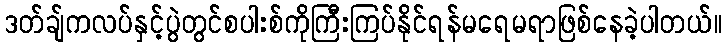
ဒတ်ချ်ကလပ်နှင့်ပွဲတွင်စပါးစ်ကိုကြီးကြပ်နိုင်ရန်မရေမရာဖြစ်နေခဲ့ပါတယ်။